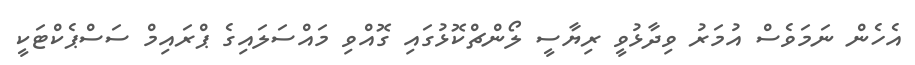
އެހެން ނަމަވެސް އުމަރު ވިދާޅުވީ ރިޔާސީ ލޯންޗްކޮޅުގައި ގޮއްވި މައްސަލައިގެ ޕްރައިމް ސަސްޕެކްޓަކީ